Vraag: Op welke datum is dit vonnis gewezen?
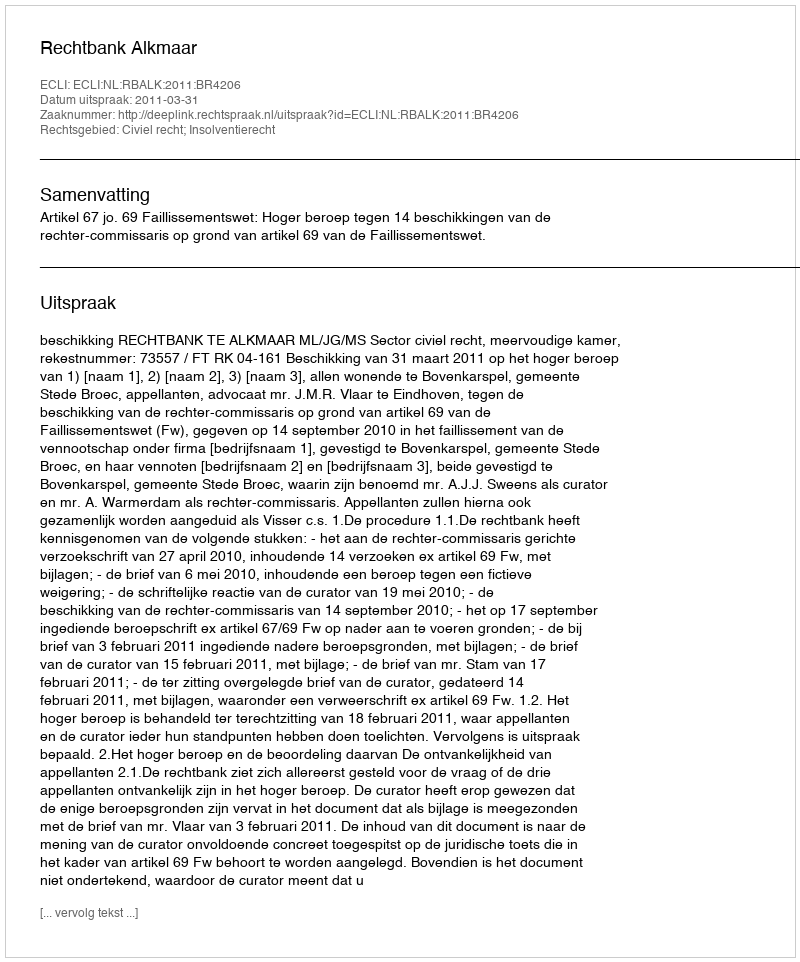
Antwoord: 2011-03-31